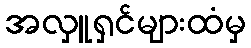
အလှူရှင်များထံမှ